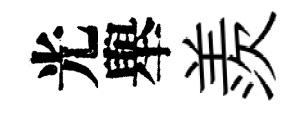
光舉羨